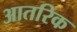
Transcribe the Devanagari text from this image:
आतरिक